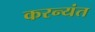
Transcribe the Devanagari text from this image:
करन्यंत